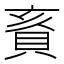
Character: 賌